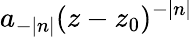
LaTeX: a_{-|n|}(z-z_{0})^{-|n|}